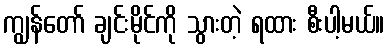
ကျွန်တော် ချင်းမိုင်ကို သွားတဲ့ ရထား စီးပါ့မယ်။